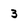
Character: 3